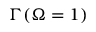
\ensuremath { \Gamma } ( \ensuremath { \Omega } = 1 )